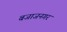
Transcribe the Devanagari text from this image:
बजाजनगर